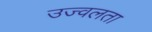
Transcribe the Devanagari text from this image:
उज्वलता